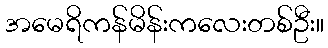
အမေရိကန်မိန်းကလေးတစ်ဦး။